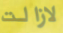
لازالت